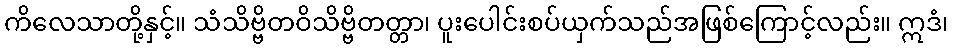
ကိလေသာတို့နှင့်။ သံသိဗ္ဗိတဝိသိဗ္ဗိတတ္တာ၊ ပူးပေါင်းစပ်ယှက်သည်အဖြစ်ကြောင့်လည်း။ ဣဒံ၊